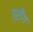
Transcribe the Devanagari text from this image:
ग्रौंग